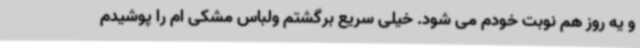
و یه روز هم نوبت خودم می شود. خیلی سریع برگشتم ولباس مشکی ام را پوشیدم